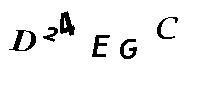
D24EGC